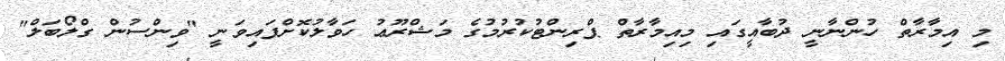
މި އިމާރާތް ހުންނާނީ ދުބާއީގައި މިއިމާރާތް ޕްރިންޓުކުރުމުގެ މަޝްރޫޢު ހަވާލުކޮށްފައިވަނީ "ވިންސުން ގްލޯބަލް"